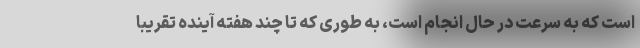
است که به سرعت در حال انجام است، به طوری که تا چند هفته آینده تقریبا